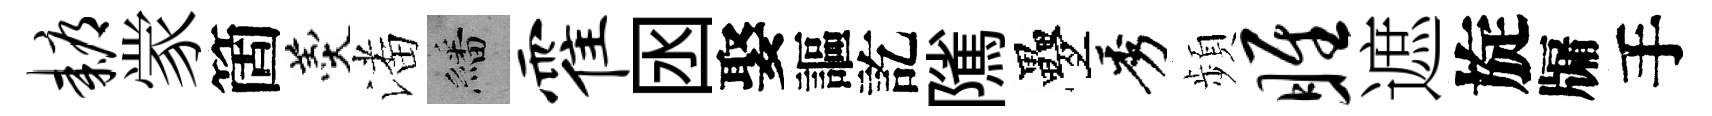
耨䝉箇羹潘繙霍囦娶謳訖隲疊秀頻雎遮旋牖手